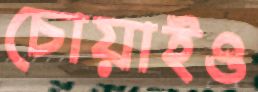
চোয়াইও